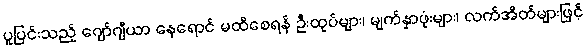
ပူပြင်းသည့် ဂျော်ဂျီယာ နေရောင် မထိစေရန် ဦးထုပ်များ၊ မျက်နှာဖုံးများ၊ လက်အိတ်များဖြင့်